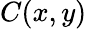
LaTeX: C(x,y)